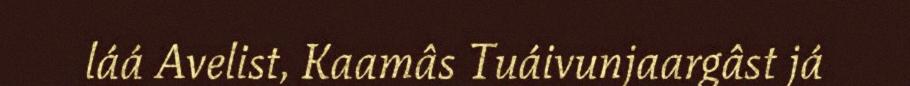
láá Avelist, Kaamâs Tuáivunjaargâst já